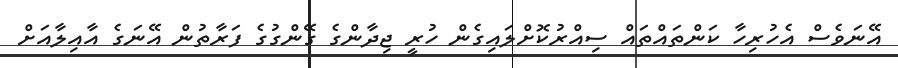
އޭނަވެސް އެހުރިހާ ކަންތައްތައް ސިއްރުކޮށްލައިގެން ހުރީ ޖިދާންގެ ގޭންގުގެ ފަރާތުން އޭނަގެ އާއިލާއަށް